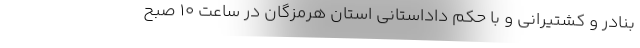
بنادر و کشتیرانی و با حکم داداستانی استان هرمزگان در ساعت ۱۰ صبح